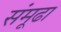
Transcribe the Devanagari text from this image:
संमूढा